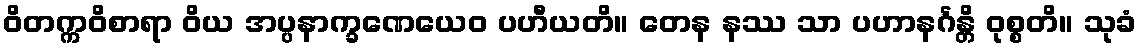
ဝိတက္ကဝိစာရာ ဝိယ အပ္ပနာက္ခဏေယေဝ ပဟီယတိ။ တေန နဿ သာ ပဟာနင်္ဂန္တိ ဝုစ္စတိ။ သုခံ